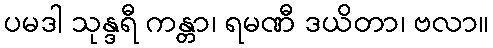
ပမဒါ သုန္ဒရီ ကန္တာ၊ ရမဏီ ဒယိတာ၊ ဗလာ။